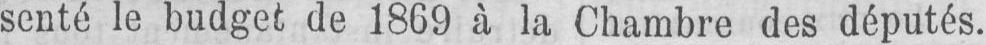
senté le budget de 1869 à la Chambre des députés.